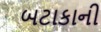
બટાકાની